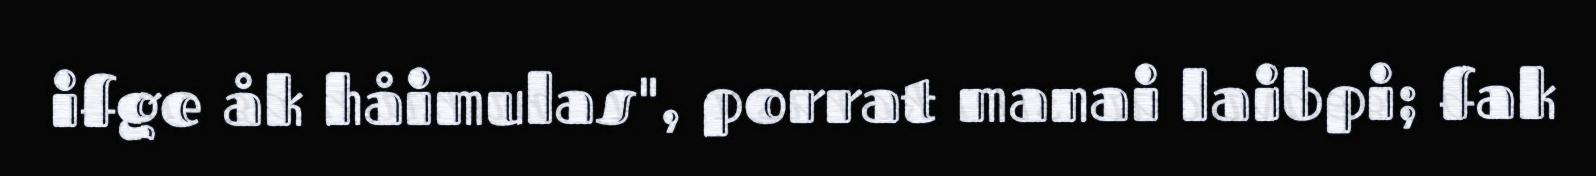
ifge åk håimulas", porrat manai laibpi; fak